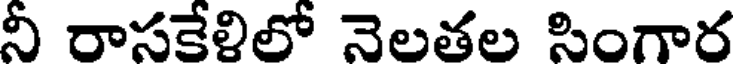
నీ రాసకేళిలో నెలతల సింగార